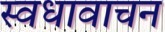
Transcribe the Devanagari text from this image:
स्वधावाचन